system: You are a helpful assistant.
user:
Analyze the provided spectrum to determine if it is a **"Cataclysmic Variables (CV)"**.

- **Key Indicators for CV (Check for either state):**
    - **State 1: Quiescent / Low-State (Emission-Dominated)**
        - **(Primary):** Strong and *very broad* Hydrogen Balmer emission lines (e.g., $H\alpha$ at 6563 Å, $H\beta$ at 4861 Å). The 'broadness' (high velocity dispersion, often FWHM > 1000 km/s) is the key diagnostic, indicating a high-velocity accretion disk.
        - **(Secondary):** Broad neutral Helium (He I) emission lines (e.g., 5876 Å, 6678 Å).
        - **(Key Confirmation):** Presence of high-excitation *ionized* Helium (He II) emission at 4686 Å. This is a strong indicator of accretion onto a white dwarf.
        - **(Line Profile):** Emission lines may exhibit a 'double-peaked' profile, which is a classic signature of a rotating accretion disk viewed at high inclination.

    - **State 2: Outburst / High-State (Absorption-Dominated)**
        - **(Primary):** Spectrum is dominated by a bright, blue continuum (looks like a hot star).
        - **(Secondary):** The emission lines from State 1 are weak, absent, or 'filled in', and are replaced by broad, shallow *absorption* lines (primarily Balmer and He I).
        - **(Morphology):** The overall spectrum mimics a hot B/A-type star. The crucial difference is that the absorption lines are significantly broader, shallower, and more 'washed-out' (or 'smeared') than the sharp lines of a normal stellar photosphere, due to high rotational speeds and pressure broadening in the disk.

Think first, call **spectral_visualization_tool** if needed to examine features in detail, then provide your final answer. Your response must adhere to the following strict rules:
1.  **Overall Structure:** Your response must follow the format `<think>...</think> <tool_call>...</tool_call> (if a tool is used) <answer>...</answer>`.
2.  **Tool Usage Constraint:** You may only make **one** tool call per turn.
3.  **Final Answer Format:** In the `<answer>` tag, your conclusion must be inside a `\boxed{}` command (e.g., `\boxed{YES}`), followed by your justification.

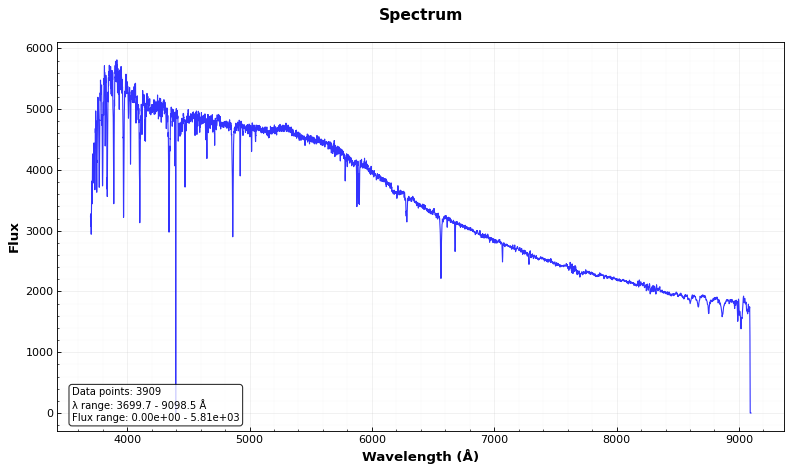
Answer: NO